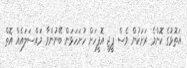
އަތޮޅުގެ ކޮންމެ ރަށަކުން ވެސް ޕީޖީ އޮފީހަށް ހުށަހަޅަން ބޭނުންވާ މައްސަލައެއް އޮތް